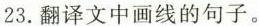
23.翻译文中画线的句子。